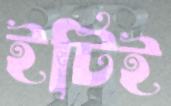
ইটিই